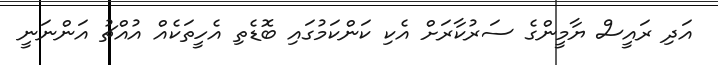
އަދި ރައީސް ޔާމީންގެ ސަރުކާރަށް އެކި ކަންކަމުގައި ބޮޑެތި އެހީތަކެއް އުއްޗު އަންނަނީ